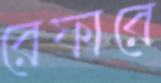
রেফারে